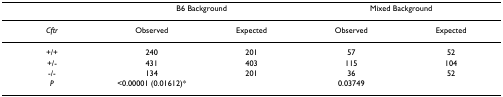
<table><thead><tr><td>[EMPTY_CELL]</td><td colspan="2"><b>B6 Background</b></td><td colspan="2"><b>Mixed Background</b></td></tr></thead><tbody><tr><td><i>Cftr</i></td><td>Observed</td><td>Expected</td><td>Observed</td><td>Expected</td></tr><tr><td>+/+</td><td>240</td><td>201</td><td>57</td><td>52</td></tr><tr><td>+/-</td><td>431</td><td>403</td><td>115</td><td>104</td></tr><tr><td>-/-</td><td>134</td><td>201</td><td>36</td><td>52</td></tr><tr><td><i>P</i></td><td>&lt;0.00001 (0.01612)*</td><td>[EMPTY_CELL]</td><td>0.03749</td><td>[EMPTY_CELL]</td></tr></tbody></table>